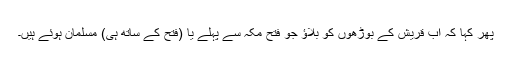
پھر کہا کہ اب قریش کے بوڑھوں کو بلاؤ جو فتح مکہ سے پہلے یا (فتح کے ساتھ ہی) مسلمان ہوئے ہیں۔